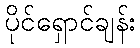
ပိုင်ရှောင်ချန်း